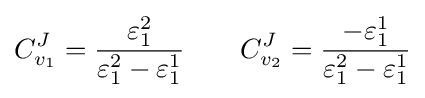
C_{v_{1}}^{J}={\frac {\varepsilon _{1}^{2}}{\varepsilon _{1}^{2}-\varepsilon _{1}^{1}}}\qquad C_{v_{2}}^{J}={\frac {-\varepsilon _{1}^{1}}{\varepsilon _{1}^{2}-\varepsilon _{1}^{1}}}